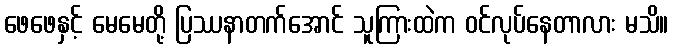
ဖေဖေနှင့် မေမေတို့ ပြဿနာတက်အောင် သူကြားထဲက ဝင်လုပ်နေတာလား မသိ။